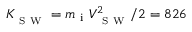
K _ { _ { \mathrm { ~ S ~ W ~ } } } = m _ { \mathrm { ~ i ~ } } V _ { _ { \mathrm { ~ S ~ W ~ } } } ^ { 2 } / 2 = 8 2 6